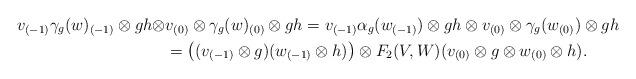
LaTeX: \begin{align*} v_{(-1)}\gamma_g(w)_{(-1)} \otimes gh \otimes & v_{(0)} \otimes \gamma_g(w)_{(0)} \otimes gh = v_{(-1)}\alpha_g(w_{(-1)})\otimes gh \otimes v_{(0)} \otimes \gamma_g(w_{(0)}) \otimes gh \\&= \left((v_{(-1)}\otimes g)(w_{(-1)}\otimes h)\right) \otimes F_2(V,W)(v_{(0)} \otimes g \otimes w_{(0)} \otimes h).\end{align*}